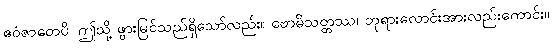
ဧဝံဇာတေပိ၊ ဤသို့ ဖွားမြင်သည်ရှိသော်လည်း။ ဗောဓိသတ္တဿ၊ ဘုရားလောင်းအားလည်းကောင်း။